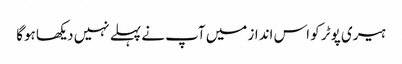
ہیری پوٹر کو اس انداز میں آپ نے پہلے نہیں دیکھا ہوگا